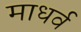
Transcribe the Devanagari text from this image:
माधर्व